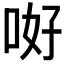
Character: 𠲡